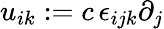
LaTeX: u_{ik}:=c\, \epsilon_{{ijk}}\partial_{j}